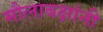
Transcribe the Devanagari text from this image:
मौलाबक्षांनी